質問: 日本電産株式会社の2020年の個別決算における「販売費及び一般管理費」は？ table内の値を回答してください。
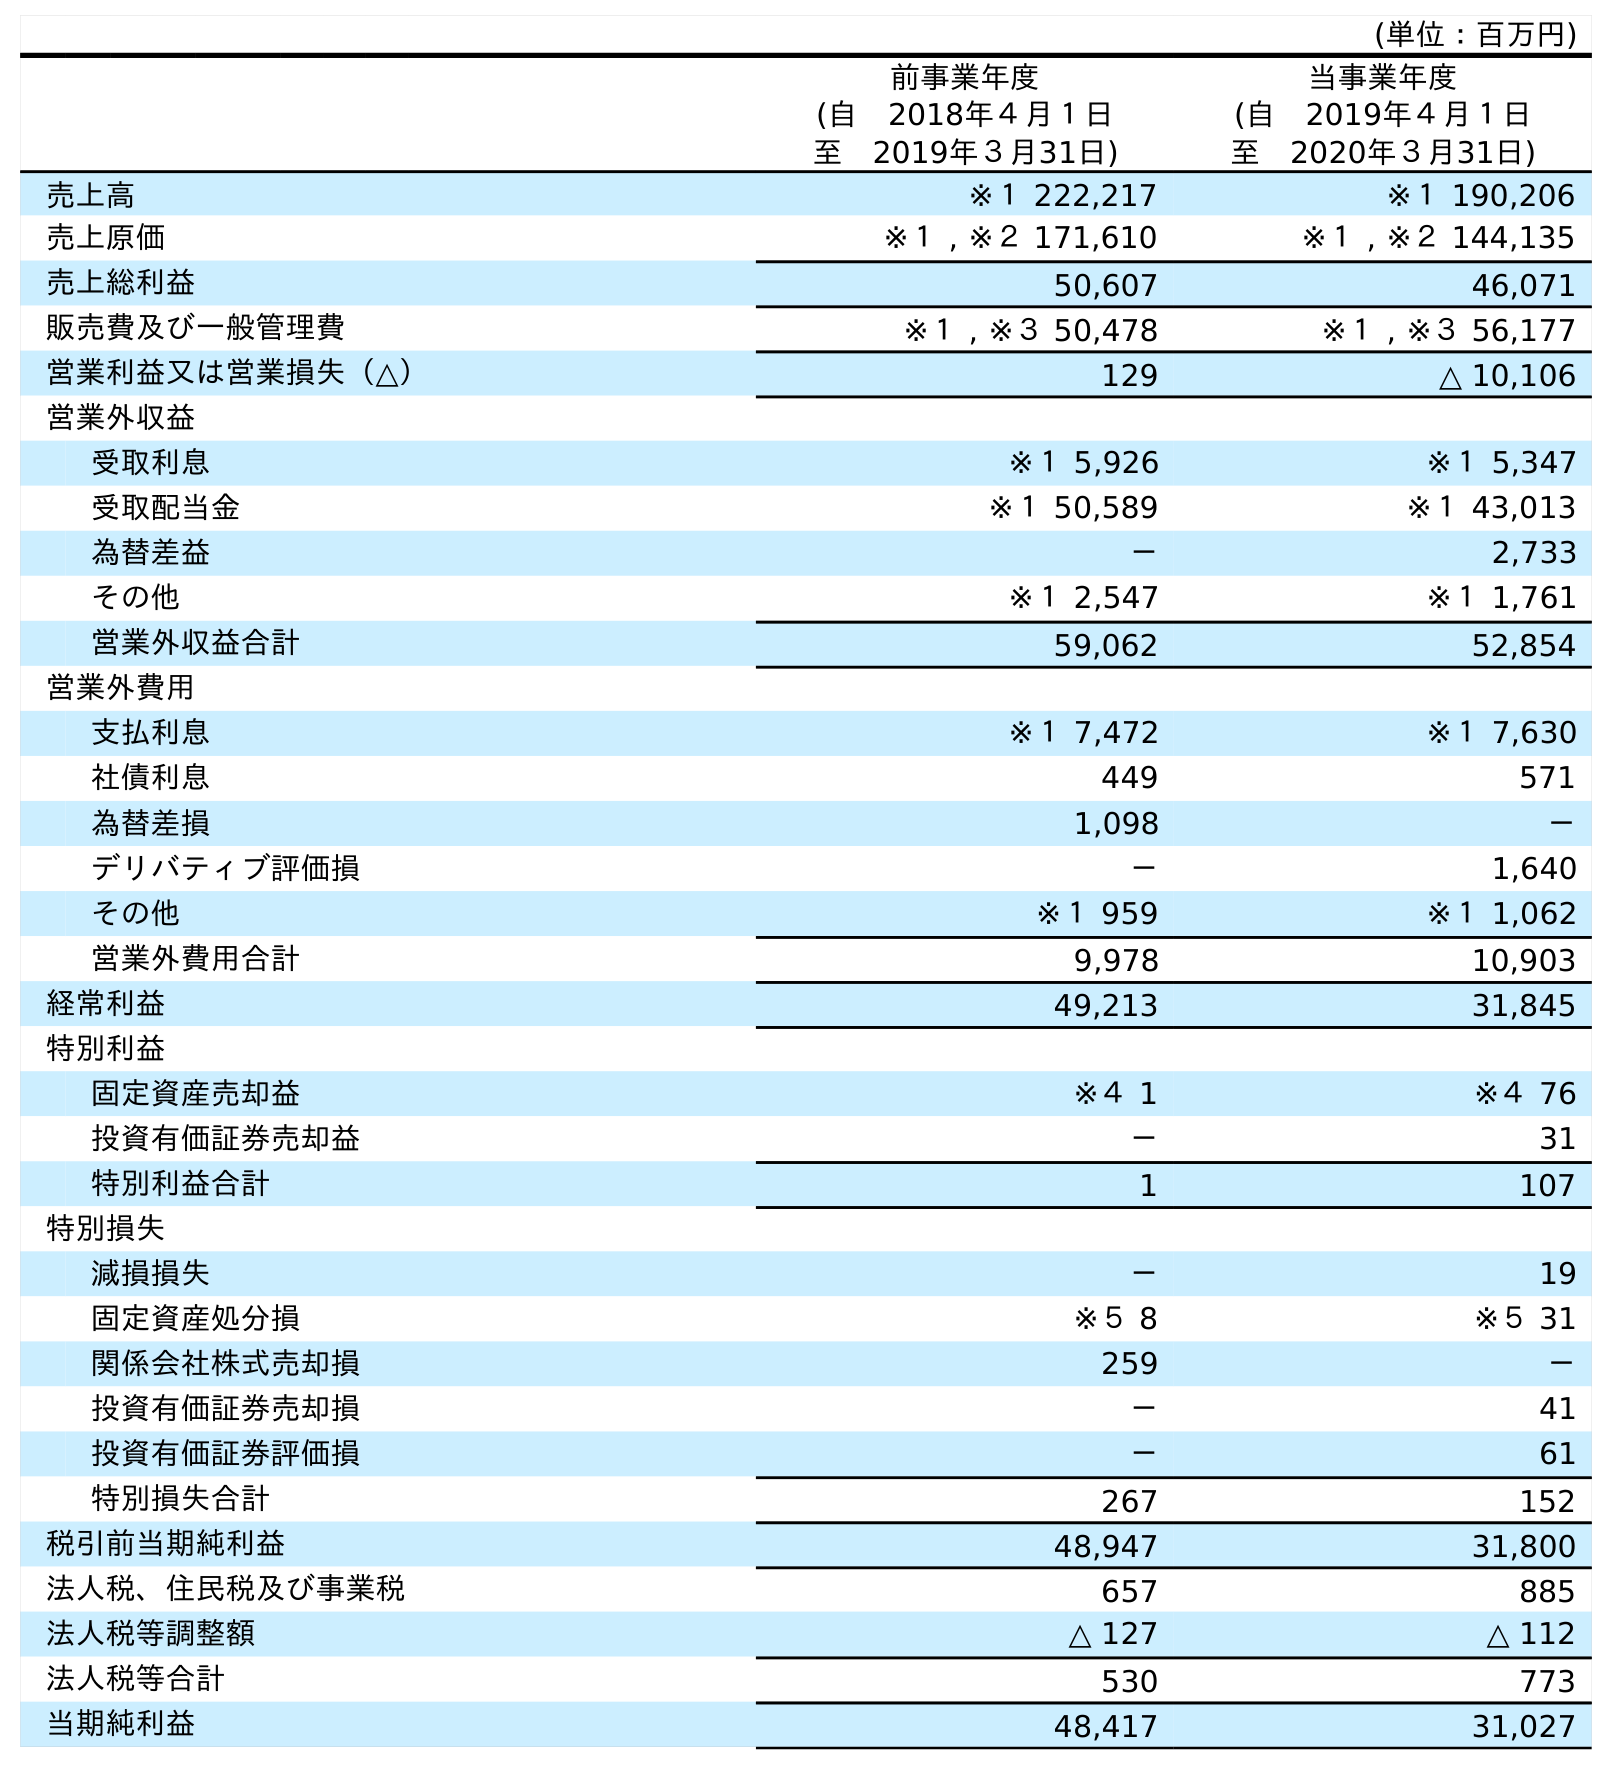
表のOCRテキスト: (単位：百万円) 前事業年度 (自 2018年４月１日 至 2019年３月31日) 当事業年度 (自 2019年４月１日 至 2020年３月31日) 売上高 ※１ 222,217 ※１ 190,206 売上原価 ※１ , ※２ 171,610 ※１ , ※２ 144,135 売上総利益 50,607 46,071 販売費及び一般管理費 ※１ , ※３ 50,478 ※１ , ※３ 56,177 営業利益又は営業損失（△） 129 △ 10,106 営業外収益 受取利息 ※１ 5,926 ※１ 5,347 受取配当金 ※１ 50,589 ※１ 43,013 為替差益 － 2,733 その他 ※１ 2,547 ※１ 1,761 営業外収益合計 59,062 52,854 営業外費用 支払利息 ※１ 7,472 ※１ 7,630 社債利息 449 571 為替差損 1,098 － デリバティブ評価損 － 1,640 その他 ※１ 959 ※１ 1,062 営業外費用合計 9,978 10,903 経常利益 49,213 31,845 特別利益 固定資産売却益 ※４ 1 ※４ 76 投資有価証券売却益 － 31 特別利益合計 1 107 特別損失 減損損失 － 19 固定資産処分損 ※５ 8 ※５ 31 関係会社株式売却損 259 － 投資有価証券売却損 － 41 投資有価証券評価損 － 61 特別損失合計 267 152 税引前当期純利益 48,947 31,800 法人税、住民税及び事業税 657 885 法人税等調整額 △ 127 △ 112 法人税等合計 530 773 当期純利益 48,417 31,027
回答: ※１,※３56,177